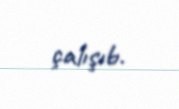
çalışıb.